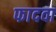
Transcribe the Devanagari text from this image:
फादवा